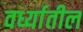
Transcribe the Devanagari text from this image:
वर्ध्यातील